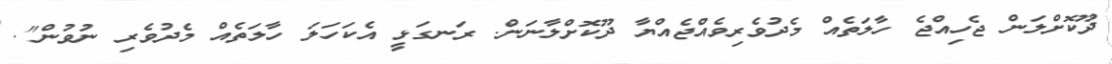
ދޫކޮށްލަން ޖެހިއްޖެ ހާލަތެއް މެދުވެރިވެއްޖެއްޔާ ދޫކޮށްލާނަން. ރަނގަޅީ އެކަހަލަ ހާލަތެއް މެދުވެރި ނުވުން".